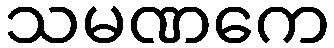
သမဏကေ